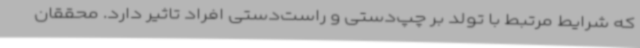
که شرایط مرتبط با تولد بر چپ‌دستی و راست‌دستی افراد تاثیر دارد. محققان